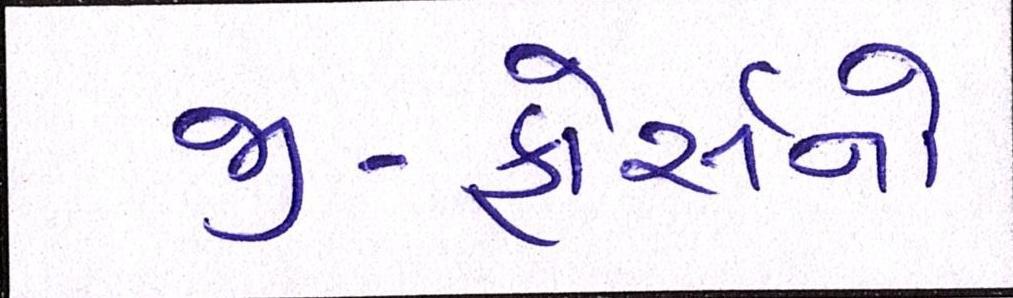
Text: જી-ફોર્સનો